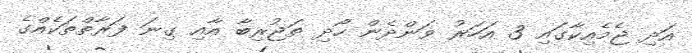
އަދި ޖެމެއިކާގައި 3 އަހަރު ވަންދެން ހޯދި ތަޖުރިބާ އާއި ގިނަ ފަރާތްތަކެއްގެ